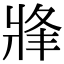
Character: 𤖀